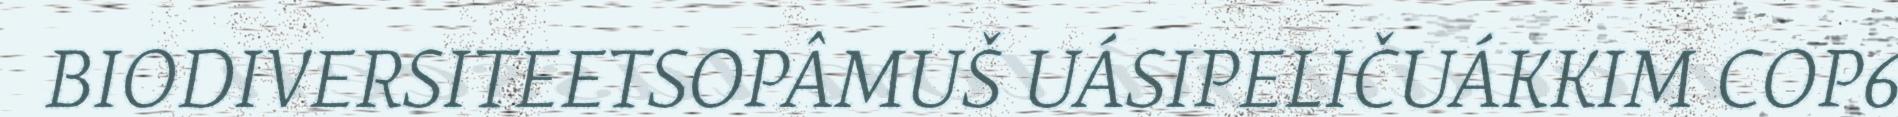
BIODIVERSITEETSOPÂMUŠ UÁSIPELIČUÁKKIM COP6